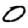
Digit: 0